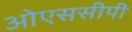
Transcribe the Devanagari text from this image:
ओएससीपी